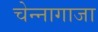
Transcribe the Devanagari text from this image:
चेन्‍नागाजा